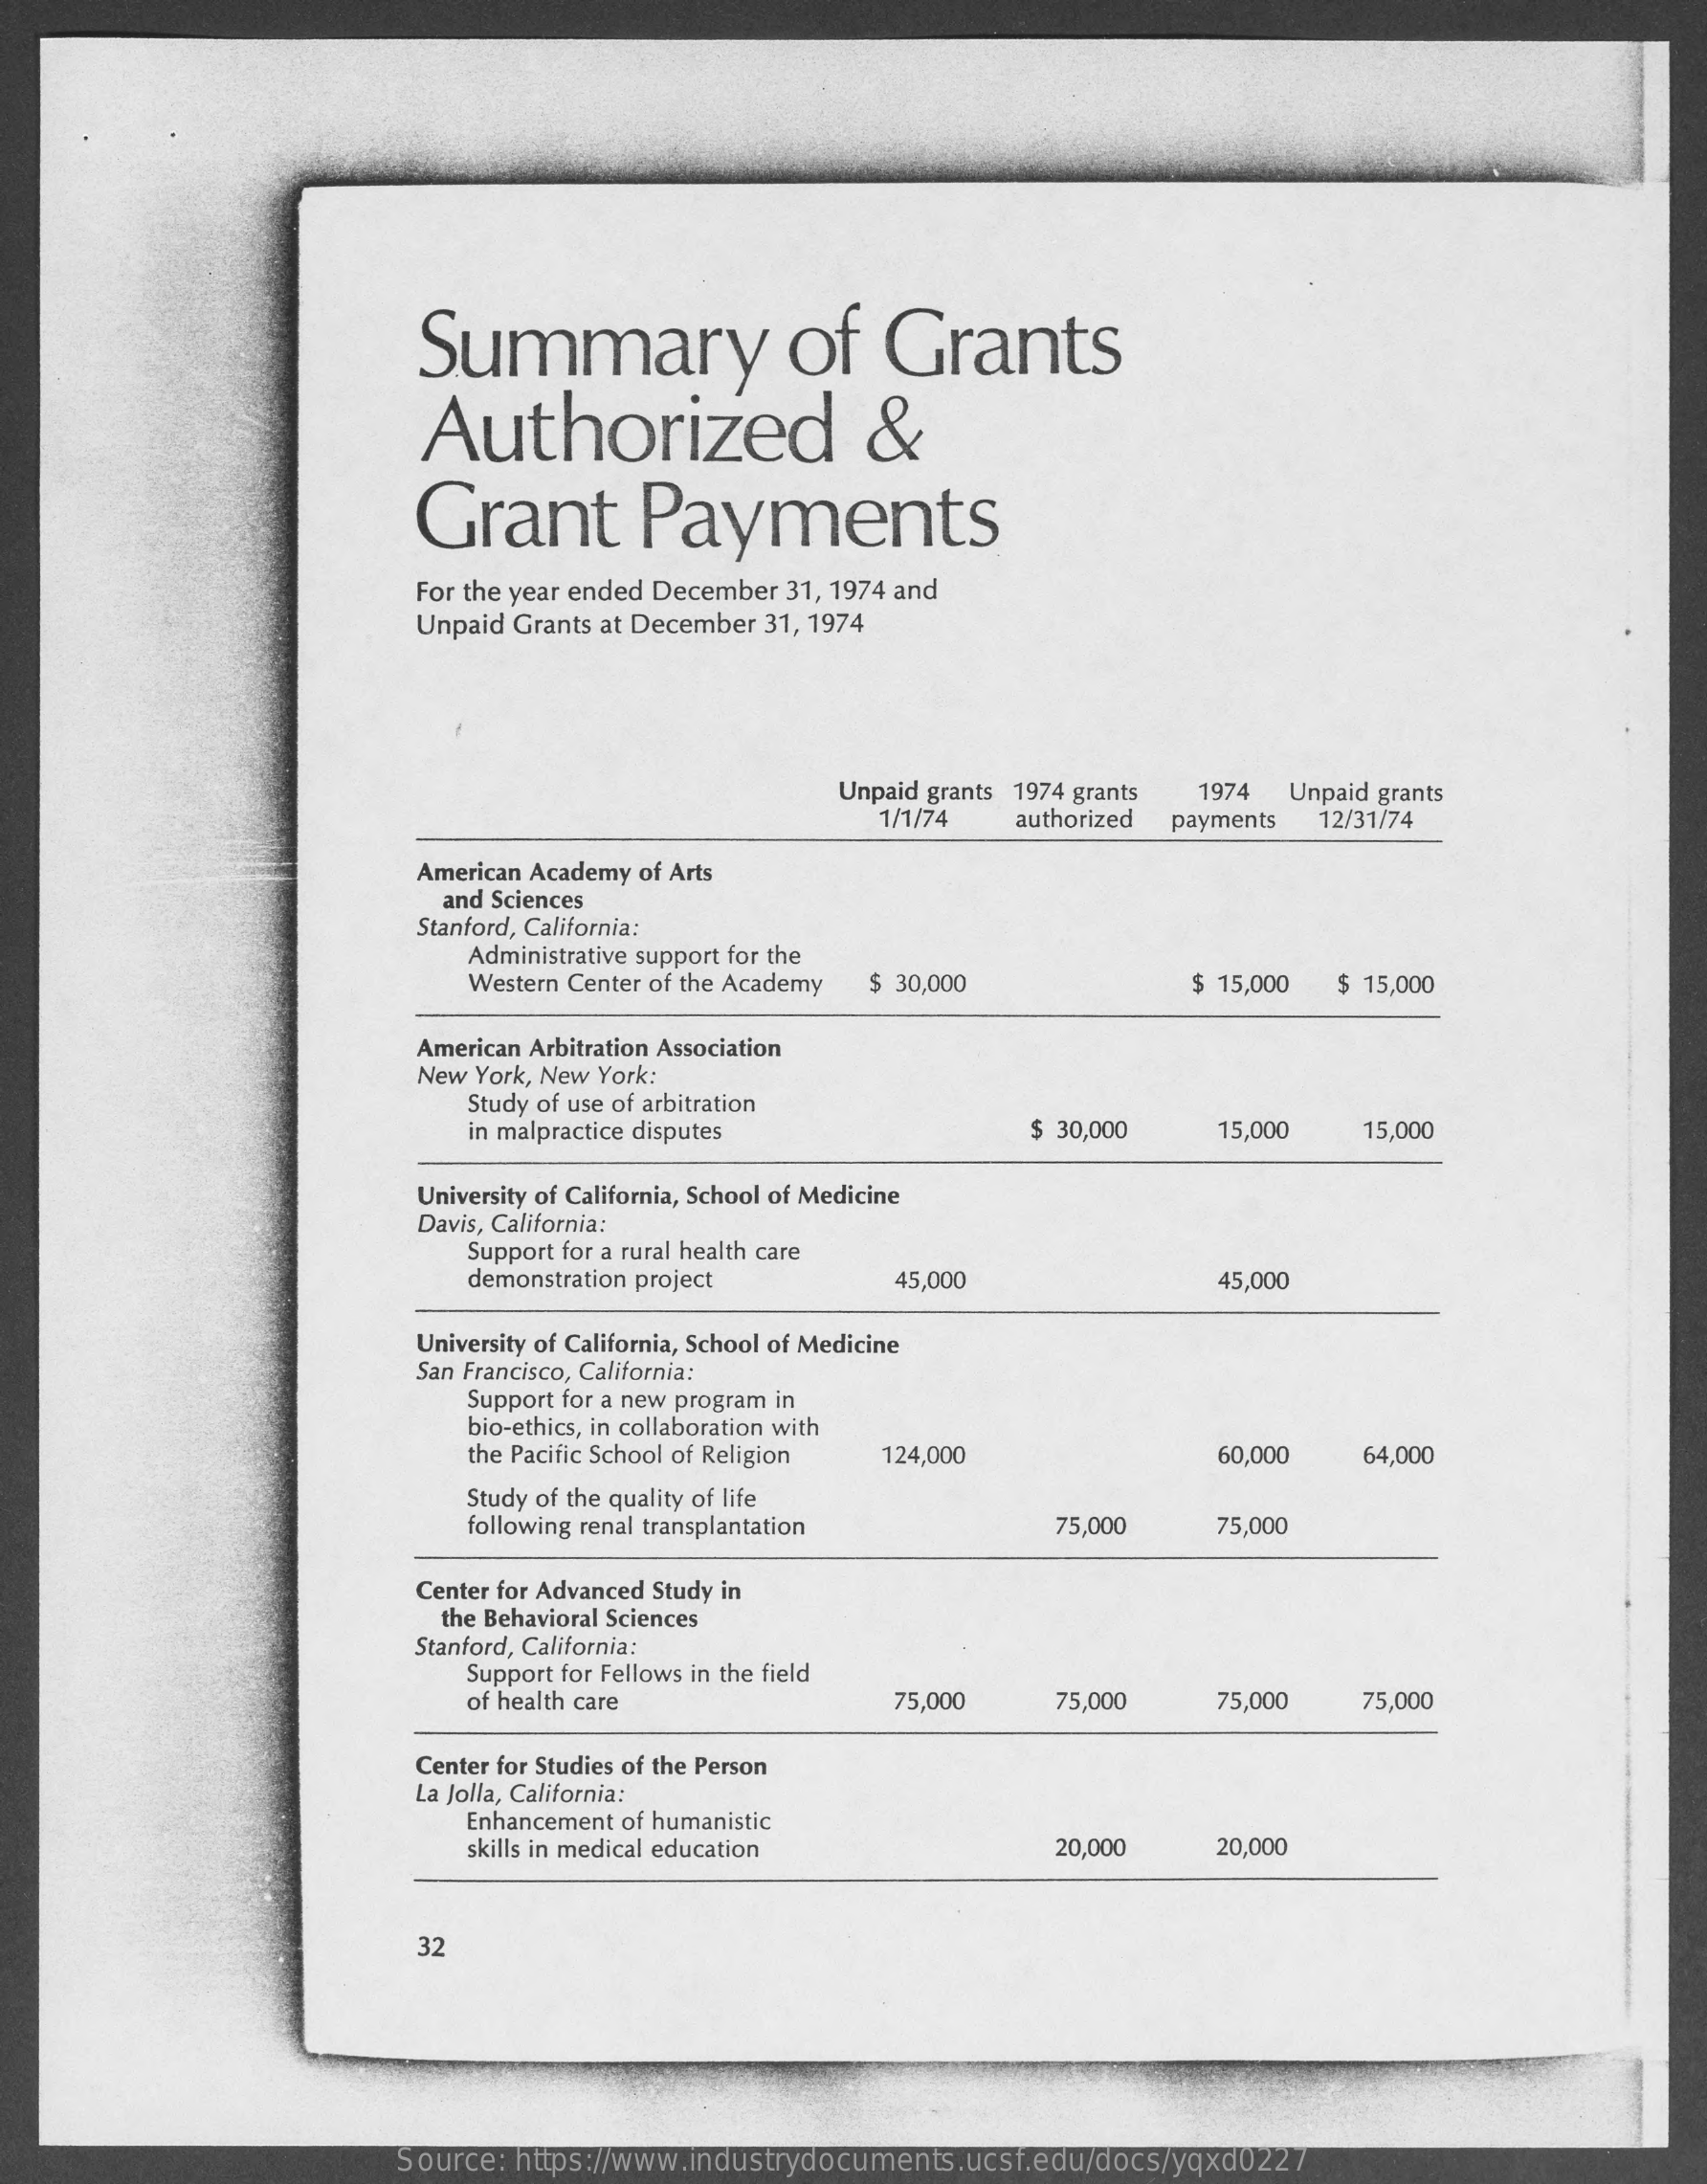
Summary    of    Grants
     Authorized    &
     Grant    Payments
     For the year ended December 31, 1974 and
     Unpaid Grants at December 31, 1974
     Unpaid grants 1974 grants 1974 Unpaid grants
     1/1/74   authorized payments 12/31/74
     American Academy of Arts
     and Sciences
     Stanford, California:
     Administrative support for the
     Western Center of the Academy $ 30,000    $ 15,000 $ 15,000
     American Arbitration Association
     New York, New York:
     Study of use of arbitration
     in malpractice disputes    $ 30,000    15,000    15,000
     University of California, School of Medicine
     Davis, California:
     Support for a rural health care
     demonstration project    45,000    45,000
     University of California, School of Medicine
     San Francisco, California:
     Support for a new program in
     bio-ethics, in collaboration with
     the Pacific School of Religion 124,000    60,000    64,000
     Study of the quality of life
     following renal transplantation    75,000    75,000
     Center for Advanced Study in
     the Behavioral Sciences
     Stanford, California:
     Support for Fellows in the field
     of health care    75,000    75,000    75,000    75,000
     Center for Studies of the Person
     La Jolla, California:
     Enhancement of humanistic
     skills in medical education    20,000    20,000
     32
     Source: https://www.industrydocuments.ucsf.edu/docs/yqxd0227